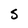
Character: S